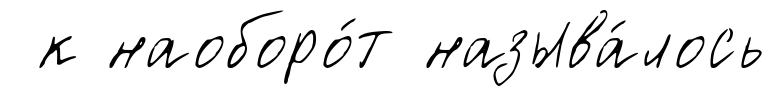
к наоборо́т называ́лось